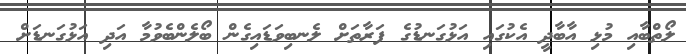
ލޯތްބާއި މުޅި އާބާދީ އެކުގައި އަޅުގަނޑުގެ ފަރާތަށް ލެނބިވަޑައިގެން ބޯލެންބެވުމާ އަދި އަޅުގަނޑަށް